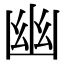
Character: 幽